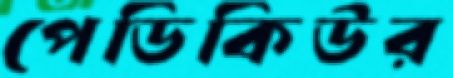
পেডিকিউর